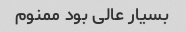
بسیار عالی بود ممنوم